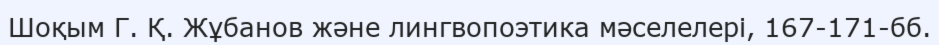
Шоқым Г. Қ. Жұбанов және лингвопоэтика мәселелері, 167-171-бб.